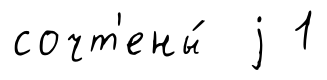
сочт'ены́ j 1